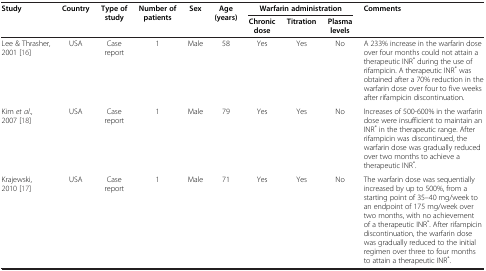
| <ROWSPAN=2> Study | <ROWSPAN=2> Country | <ROWSPAN=2> Type of study | <ROWSPAN=2> Number of patients | <ROWSPAN=2> Sex | <ROWSPAN=2> Age (years) | <COLSPAN=3> Warfarin administration | <ROWSPAN=2> Comments |
 | Chronic dose | Titration | Plasma levels |
 | --- | --- | --- | --- | --- | --- | --- | --- | --- | --- |
 | Lee & Thrasher, 2001 [16] | USA | Case report | 1 | Male | 58 | Yes | Yes | No | A 233% increase in the warfarin dose over four months could not attain a therapeutic INR* during the use of rifampicin. A therapeutic INR* was obtained after a 70% reduction in the warfarin dose over four to five weeks after rifampicin discontinuation. |
 | Kim et al., 2007 [18] | USA | Case report | 1 | Male | 79 | Yes | Yes | No | Increases of 500-600% in the warfarin dose were insufficient to maintain an INR* in the therapeutic range. After rifampicin was discontinued, the warfarin dose was gradually reduced over two months to achieve a therapeutic INR*. |
 | Krajewski, 2010 [17] | USA | Case report | 1 | Male | 71 | Yes | Yes | No | The warfarin dose was sequentially increased by up to 500%, from a starting point of 35–40 mg/week to an endpoint of 175 mg/week over two months, with no achievement of a therapeutic INR*. After rifampicin discontinuation, the warfarin dose was gradually reduced to the initial regimen over three to four months to attain a therapeutic INR*. |